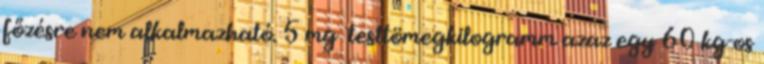
főzésre nem alkalmazható. 5 mg testtömegkilogramm azaz egy 60 kg-os